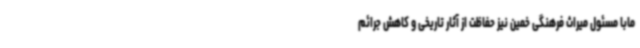
مابا مسئول میراث فرهنگی خمین نیز حفاظت از آثار تاریخی و کاهش جرائم